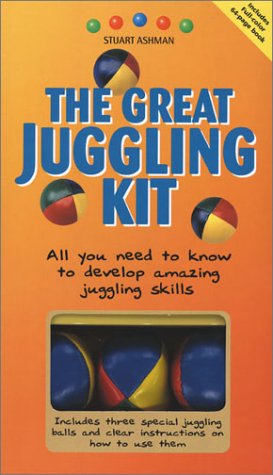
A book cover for The Great Juggling Kit; Stuart A. Ashman; Sports & Outdoors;